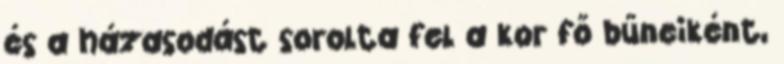
és a házasodást sorolta fel a kor fő bűneiként,